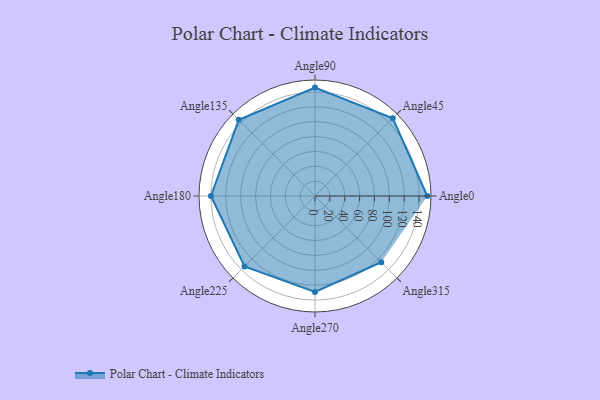
{"axis": {"x": "Angle", "y": "Radius"}, "legend": [""], "data": [{"x": "Angle0", "y": 151.0, "type": ""}, {"x": "Angle45", "y": 148.0, "type": ""}, {"x": "Angle90", "y": 146.0, "type": ""}, {"x": "Angle135", "y": 145.0, "type": ""}, {"x": "Angle180", "y": 140.0, "type": ""}, {"x": "Angle225", "y": 134.0, "type": ""}, {"x": "Angle270", "y": 129.0, "type": ""}, {"x": "Angle315", "y": 126.0, "type": ""}]}